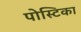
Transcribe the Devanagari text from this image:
पोस्टिका